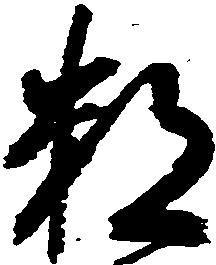
数